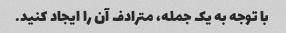
با توجه به یک جمله، مترادف آن را ایجاد کنید.